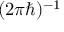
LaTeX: ( 2 \pi \hbar ) ^ { - 1 }